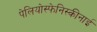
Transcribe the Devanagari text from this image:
पेलियोस्फेनिस्कीनाई